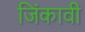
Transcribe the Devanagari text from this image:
जिंकावी